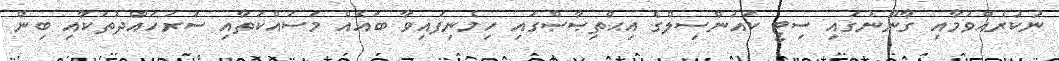
ނުކުރެއްވުމާއި ގާނޫނުގައި ސިޓީ ކައުންސިލްގެ އިޙްތިޞާޞްގައި ހިމެނިފައިވާ ބައެއް މަސައްކަތާއި ސަރަހައްދުތަކާއި ބިން